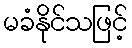
မခံနိုင်သဖြင့်